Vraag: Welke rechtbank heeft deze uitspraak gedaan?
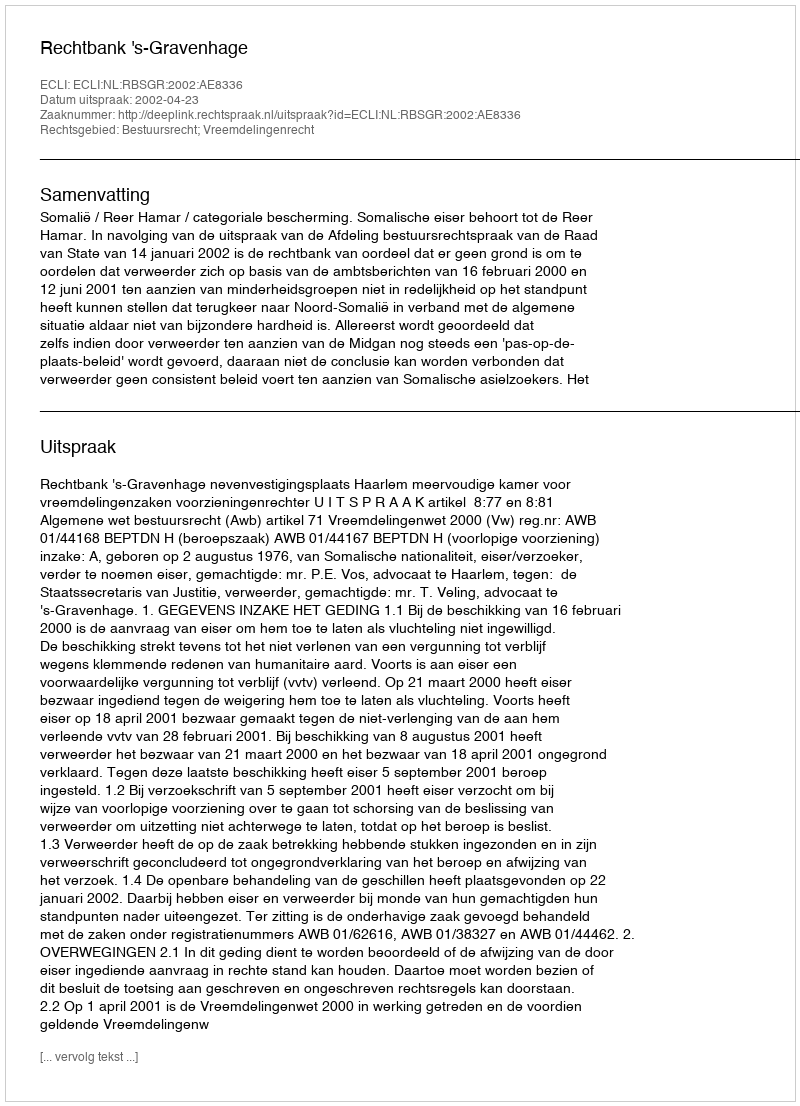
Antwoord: Rechtbank 's-Gravenhage